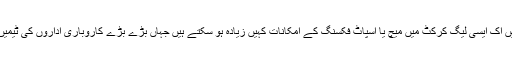
بین الاقوامی کرکٹ کے مقابلے میں اک ایسی لیگ کرکٹ میں میچ یا اسپاٹ فکسنگ کے امکانات کہیں زیادہ ہو سکتے ہیں جہاں بڑے بڑے کاروباری اداروں کی ٹیمیں ایک دوسرے سے نبرد آزما ہوں۔